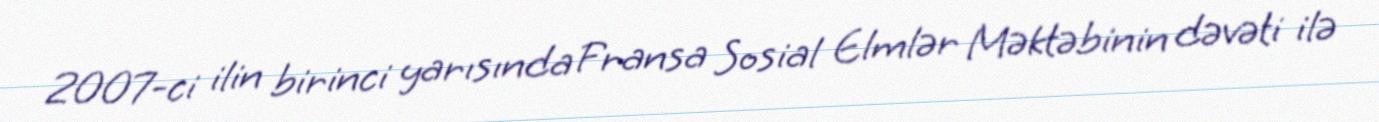
2007-ci ilin birinci yarısında Fransa Sosial Elmlər Məktəbinin dəvəti ilə